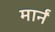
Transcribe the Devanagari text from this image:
मार्नं